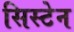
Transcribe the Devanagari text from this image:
सिस्टेन